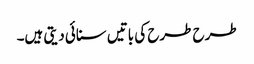
طرح طرح کی باتیں سنائی دیتی ہیں۔